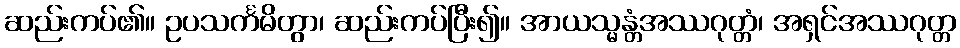
ဆည်းကပ်၏။ ဥပသင်္ကမိတွာ၊ ဆည်းကပ်ပြီး၍။ အာယသ္မန္တံအဿဂုတ္တံ၊ အရှင်အဿဂုတ္တ